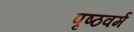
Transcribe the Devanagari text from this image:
पृष्ठवर्म